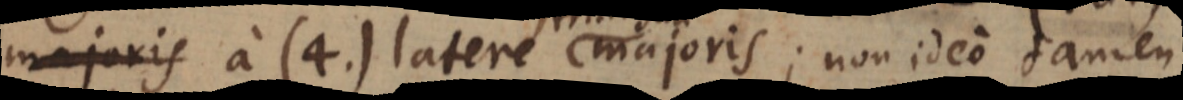
majoris a (4.) latere trianguli majoris; non ideo tamen